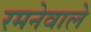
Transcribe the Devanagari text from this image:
रमनेवाले